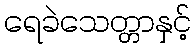
ရေခဲသေတ္တာနှင့်